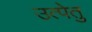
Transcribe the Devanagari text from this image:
उत्पेतु